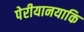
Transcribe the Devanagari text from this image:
पेरीयानयाकि